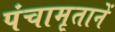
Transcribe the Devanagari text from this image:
पंचामृतानें